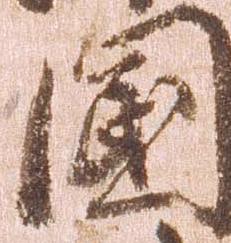
国